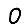
Digit: 0